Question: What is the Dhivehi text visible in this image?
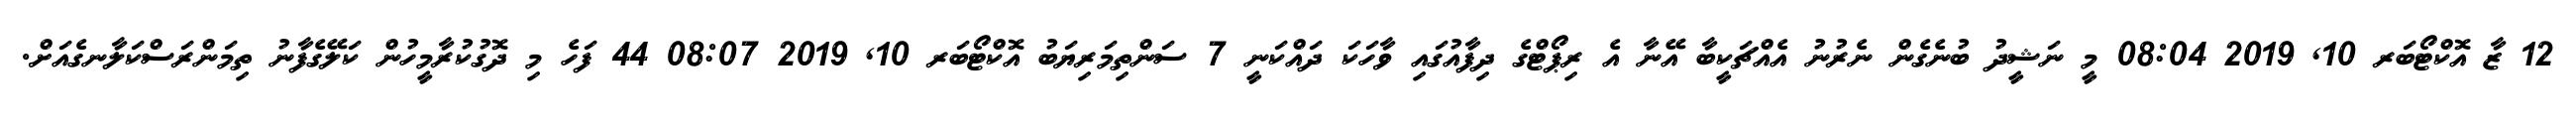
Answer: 12 ޒާ އޮކްޓޯބަރ 10, 2019 08:04 މީ ނަޝީދު ބުނެގެން ނެރުނު އެއްޗަކީބާ އޭނާ އެ ރިޕޯޓްގެ ދިފާއުގައި ވާހަކަ ދައްކަނީ 7 ސަންތިމަރިޔަބު އޮކްޓޯބަރ 10, 2019 08:07 44 ފަހެ މި ދޮގުކުރާމީހުން ކަލޭގެފާނު ތިމަންރަސްކަލާނގެއަށް.